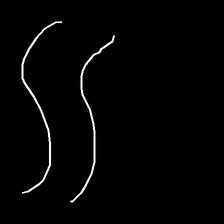
Glyph: float